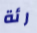
رئة